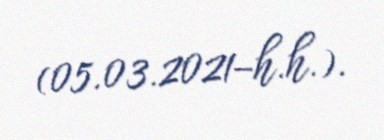
(05.03.2021–h.h.).